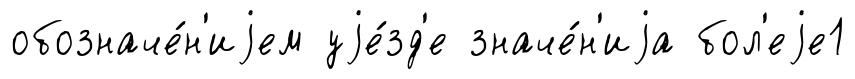
обозначе́н'иjем уjе́зд'е значе́н'иjа бол'еjе1